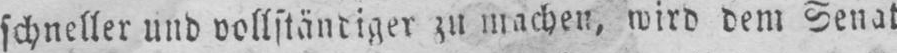
schneller und vollständiger zu machen, wird dem Senat